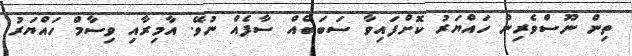
ތިން ނޫސްވެރިން ހައްޔަރު ކޮށްފައިވާ ސަބަބެއް ސާފެއް ނުވޭ. އާމިރާއި ވިސާމް ހައްޔަރު